Medical and sanitary report on the native army of Bombay for the year
Year: 1877
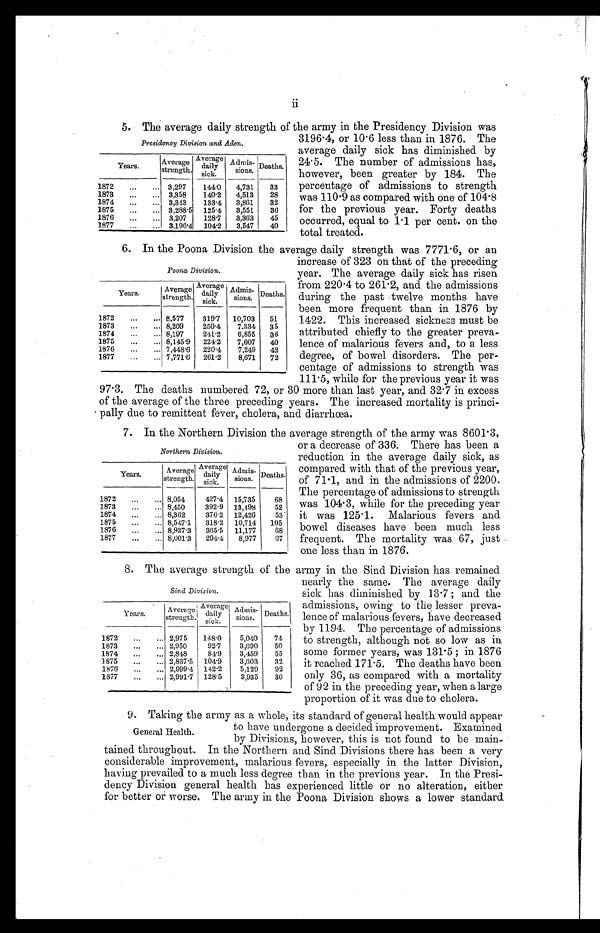
5. The average daily strength of the army in the Presidency Division was
3196.4, or 10.6 less than in 1876. The
average daily sick has diminished by
24.5. The number of admissions has,
however, been greater by 184. The
percentage of admissions to strength
was 110.9 as compared with one of 104.8
for the previous year. Forty deaths
occurred, equal to 1.1 per cent. on the
total treated.
6. In the Poona Division the average daily strength was 7771.6, or an
increase of 323 on that of the preceding
year. The average daily sick has risen
from 220.4 to 261.2, and the admissions
during the past twelve months have
been more frequent than in 1876 by
1422. This increased sickness must be
attributed chiefly to the greater preva-
lence of malarious fevers and, to a less
degree, of bowel disorders. The per-
centage of admissions to strength was
111.5, while for the previous year it was
97.3. The deaths numbered 72, or 30 more than last year, and 32.7 in excess
of the average of the three preceding years. The increased mortality is princi-
pally due to remittent fever, cholera, and diarrhœa.
7. In the Northern Division the average strength of the army was 8601.3,
or a decrease of 336. There has been a
reduction in the average daily sick, as
compared with that of the previous year,.
of 71.1, and in the admissions of 2200.
The percentage of admissions to strength
was 104.3, while for the preceding year
it was 125.1. Malarious fevers and
bowel diseases have been much less
frequent. The mortality was 67, just
one less than in 1876.
8. The average strength of the army in the Sind Division has remained
nearly the same. The average daily
sick has diminished by 13.7 ; and the
admissions, owing to the lesser preva-
lence of malarious fevers, have decreased
by 1194. The percentage of admissions
to strength, although not so low as in
some former years, was 131.5 ; in 1876
it reached 171.5. The deaths have been
only 36, as compared with a mortality
of 92 in the preceding year, when a large
proportion of it was due to cholera.
9. Taking the army as a whole, its standard of general health would appear
to have undergone a decided improvement. Examined
by Divisions, however, this is not found to be main-
tained throughout. In the Northern and Sind Divisions there has been a very
considerable improvement, malarious fevers, especially in the latter Division,
having prevailed to a much less degree than in the previous year. In the Presi-
dency Division general health has experienced little or no alteration, either
for better or worse. The army in the Poona Division shows a lower standard
Presidency Division and Aden.
Years.
Average
strength.
Average
daily
sick.
Admis-
sions.
Deaths.
1872
...
... 3,297
144.0
4,731
33
1873
...
... 3,358
140.2
4,513
28
1874
...
... 3,343
133.4
3,861
32
1875
...
... 3,288.5
125 .4 3,551 36
1876
...
... 3,207
128.7
3,363
45
1877
...
. . . 3,196.4 104.2 3,547 40
Poona Division.
Years.
Average
strength.
Avera g e
dail
sick.
Ad
mis-s i o n s .
Deaths.
1872
...
... 8,577
319.7
10,703
51
1873
...
... 8,209
250.4
7,334
35
1874
...
... 8,197
241.2
6,855
36
1875
...
... 8,145 .9 224.2 7,607 40
1876
...
... 7,448 .6 220 .4 7,249 42
1877
. . . ... 7,771 .6 261 .2
8,071
72
Northern Division.
Years.
Average
strength.
Average
dail
y
sick.
Admis-
sions.
Deaths.
1872
...
... 8,054
427.4
15,735
68
1873
...
... 8,450
392.9
13,498
52
1874
...
... 8,362
376.2
12,426
53
1875
...
... 8,547 .1 318 .2 10,714 105
1876
...
... 8,937 .3 365 .5 11,177
68
1877
...
... 8,601.3
294. 4
8,977
67
Sind Division.
Years.
Average
strength.
Average
daily
sick.
Admis -
sions.
Deaths.
1872
...
... 2,975
148.0
5,040
74
1873
...
... 2,950
92.7
3,690
50
1874
...
... 2,848
84.9
3,459
55
1875
...
... 2,837 .5 104. 9
3,603
32
1876
...
... 2,999 .4 142 .2
5,129
92
1877
...
... 2,991 .7 128 .5
3,935
30
General Health.